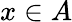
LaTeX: x\in A